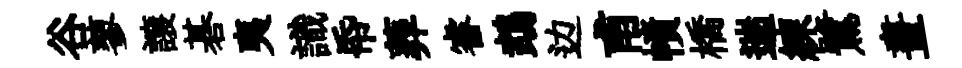
谷蓼譲碁夷識帋葬睿鵡边甫幘橋遄練鷺晝